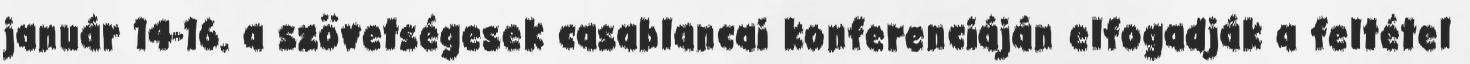
január 14-16. a szövetségesek casablancai konferenciáján elfogadják a feltétel